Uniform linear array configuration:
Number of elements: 16
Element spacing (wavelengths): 1
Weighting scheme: hamming
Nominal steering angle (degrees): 60
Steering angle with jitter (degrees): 60.29
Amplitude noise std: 0.05
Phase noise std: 0.05

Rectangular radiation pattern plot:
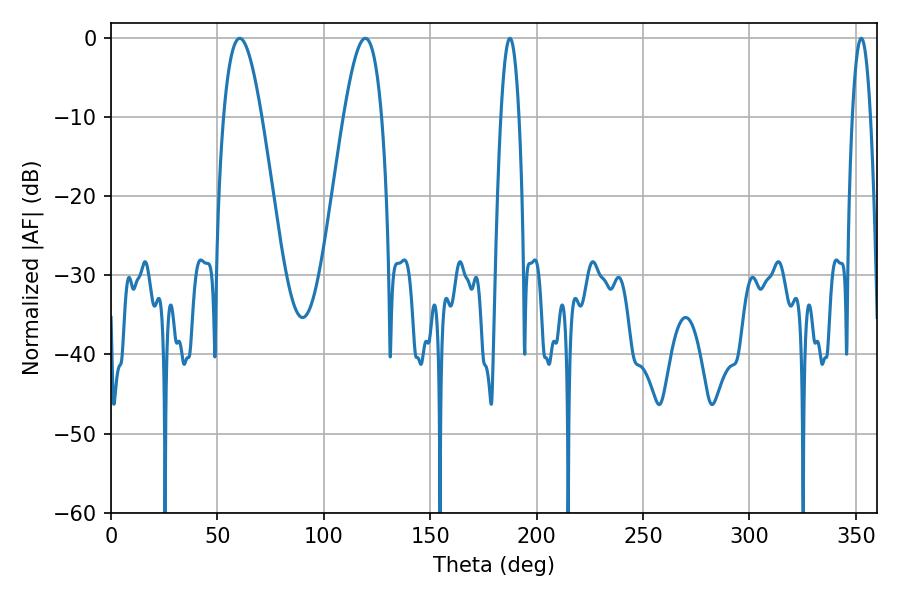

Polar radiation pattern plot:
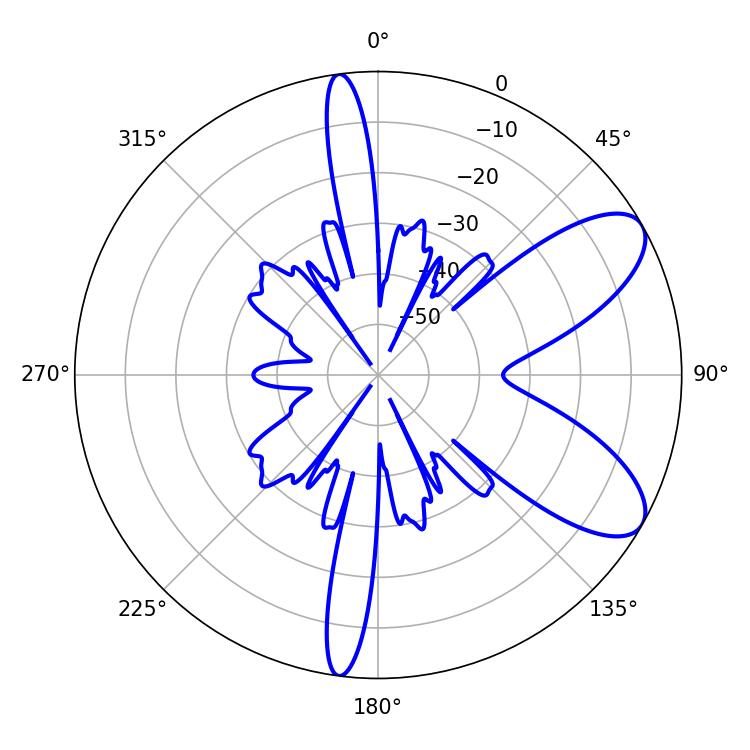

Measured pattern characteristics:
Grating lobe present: TRUE
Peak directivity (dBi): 8.252
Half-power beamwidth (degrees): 9.72
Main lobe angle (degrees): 60.48